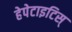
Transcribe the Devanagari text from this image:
हेपेटाइटिस्